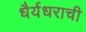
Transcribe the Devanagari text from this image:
धैर्यधराची